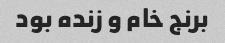
برنج خام و زنده بود